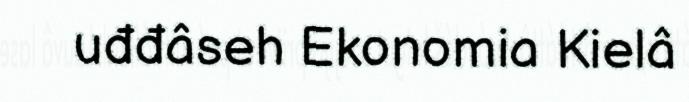
uđđâseh Ekonomia Kielâ